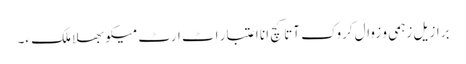
برازیل زہمی و زوال کروک آتا کچ انا اعتبار اٹ ارٹ میکو بھلا ملک ءِ۔